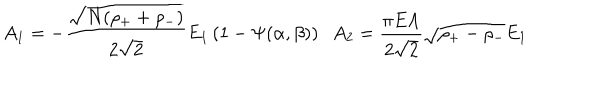
A _ { 1 } = - \frac { \sqrt { N ( \rho _ { + } + \rho _ { - } ) } } { 2 \sqrt 2 } E _ { 1 } \left( 1 - \Psi ( \alpha , \beta ) \right) \; \; A _ { 2 } = \frac { \pi E \Lambda } { 2 \sqrt 2 } \sqrt { \rho _ { + } - \rho _ { - } } E _ { 1 }